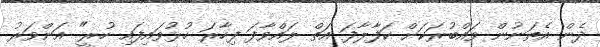
ދެން އެތަނުން ވައްބުރަކަށް ކަފާލާފަ އަތް ލައްވާފަ ފިހާރަ ހުޅުވައިފައި ހުރީ" އަންވަރު